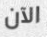
الآن